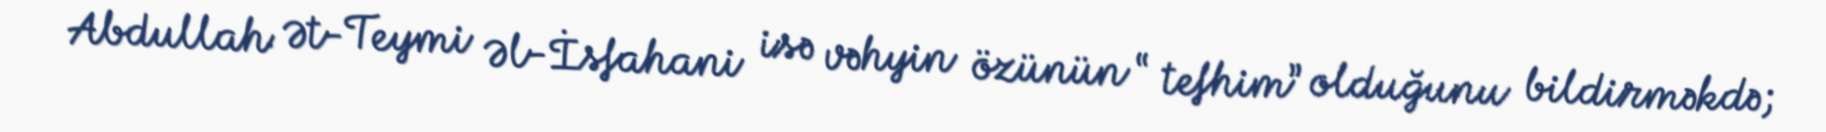
Abdullah Ət-Teymi Əl-İsfahani isə vəhyin özünün “ tefhim” olduğunu bildirməkdə;